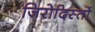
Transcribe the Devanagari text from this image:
जिरोदिस्तों